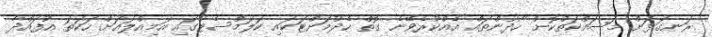
ރަނގަޅަށް މަސައްކަތްކޮށް ހޯދުންތައް އެއްކުރެވޭނެ ގޮތް ހެދުމަަށްޓަކައި ކަލަމްސެޓުގައި އަމިއްލައަށް ހަކަތަ އުފައްދާ